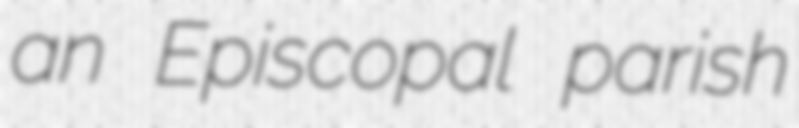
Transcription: an Episcopal parish